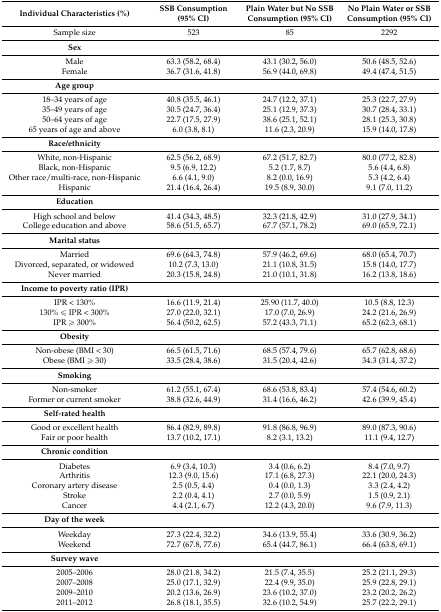
<table><thead><tr><td><b>Individual Characteristics (%)</b></td><td><b>SSB Consumption (95% CI)</b></td><td><b>Plain Water but No SSB Consumption (95% CI)</b></td><td><b>No Plain Water or SSB Consumption (95% CI)</b></td></tr></thead><tbody><tr><td>Sample size</td><td>523</td><td>85</td><td>2292</td></tr><tr><td><b>Sex</b></td><td></td><td></td><td></td></tr><tr><td>Male</td><td>63.3 (58.2, 68.4)</td><td>43.1 (30.2, 56.0)</td><td>50.6 (48.5, 52.6)</td></tr><tr><td>Female</td><td>36.7 (31.6, 41.8)</td><td>56.9 (44.0, 69.8)</td><td>49.4 (47.4, 51.5)</td></tr><tr><td><b>Age group</b></td><td></td><td></td><td></td></tr><tr><td>18–34 years of age</td><td>40.8 (35.5, 46.1)</td><td>24.7 (12.2, 37.1)</td><td>25.3 (22.7, 27.9)</td></tr><tr><td>35–49 years of age</td><td>30.5 (24.7, 36.4)</td><td>25.1 (12.9, 37.3)</td><td>30.7 (28.4, 33.1)</td></tr><tr><td>50–64 years of age</td><td>22.7 (17.5, 27.9)</td><td>38.6 (25.1, 52.1)</td><td>28.1 (25.3, 30.8)</td></tr><tr><td>65 years of age and above</td><td>6.0 (3.8, 8.1)</td><td>11.6 (2.3, 20.9)</td><td>15.9 (14.0, 17.8)</td></tr><tr><td><b>Race/ethnicity</b></td><td></td><td></td><td></td></tr><tr><td>White, non-Hispanic</td><td>62.5 (56.2, 68.9)</td><td>67.2 (51.7, 82.7)</td><td>80.0 (77.2, 82.8)</td></tr><tr><td>Black, non-Hispanic</td><td>9.5 (6.9, 12.2)</td><td>5.2 (1.7, 8.7)</td><td>5.6 (4.4, 6.8)</td></tr><tr><td>Other race/multi-race, non-Hispanic</td><td>6.6 (4.1, 9.0)</td><td>8.2 (0.0, 16.9)</td><td>5.3 (4.2, 6.4)</td></tr><tr><td>Hispanic</td><td>21.4 (16.4, 26.4)</td><td>19.5 (8.9, 30.0)</td><td>9.1 (7.0, 11.2)</td></tr><tr><td><b>Education</b></td><td></td><td></td><td></td></tr><tr><td>High school and below</td><td>41.4 (34.3, 48.5)</td><td>32.3 (21.8, 42.9)</td><td>31.0 (27.9, 34.1)</td></tr><tr><td>College education and above</td><td>58.6 (51.5, 65.7)</td><td>67.7 (57.1, 78.2)</td><td>69.0 (65.9, 72.1)</td></tr><tr><td><b>Marital status</b></td><td></td><td></td><td></td></tr><tr><td>Married</td><td>69.6 (64.3, 74.8)</td><td>57.9 (46.2, 69.6)</td><td>68.0 (65.4, 70.7)</td></tr><tr><td>Divorced, separated, or widowed</td><td>10.2 (7.3, 13.0)</td><td>21.1 (10.8, 31.5)</td><td>15.8 (14.0, 17.7)</td></tr><tr><td>Never married</td><td>20.3 (15.8, 24.8)</td><td>21.0 (10.1, 31.8)</td><td>16.2 (13.8, 18.6)</td></tr><tr><td><b>Income to poverty ratio (IPR)</b></td><td></td><td></td><td></td></tr><tr><td>IPR &lt; 130%</td><td>16.6 (11.9, 21.4)</td><td>25.90 (11.7, 40.0)</td><td>10.5 (8.8, 12.3)</td></tr><tr><td>130% ≤ IPR &lt; 300%</td><td>27.0 (22.0, 32.1)</td><td>17.0 (7.0, 26.9)</td><td>24.2 (21.6, 26.9)</td></tr><tr><td>IPR ≥ 300%</td><td>56.4 (50.2, 62.5)</td><td>57.2 (43.3, 71.1)</td><td>65.2 (62.3, 68.1)</td></tr><tr><td><b>Obesity</b></td><td></td><td></td><td></td></tr><tr><td>Non-obese (BMI &lt; 30)</td><td>66.5 (61.5, 71.6)</td><td>68.5 (57.4, 79.6)</td><td>65.7 (62.8, 68.6)</td></tr><tr><td>Obese (BMI ≥ 30)</td><td>33.5 (28.4, 38.6)</td><td>31.5 (20.4, 42.6)</td><td>34.3 (31.4, 37.2)</td></tr><tr><td><b>Smoking</b></td><td></td><td></td><td></td></tr><tr><td>Non-smoker</td><td>61.2 (55.1, 67.4)</td><td>68.6 (53.8, 83.4)</td><td>57.4 (54.6, 60.2)</td></tr><tr><td>Former or current smoker</td><td>38.8 (32.6, 44.9)</td><td>31.4 (16.6, 46.2)</td><td>42.6 (39.9, 45.4)</td></tr><tr><td><b>Self-rated health</b></td><td></td><td></td><td></td></tr><tr><td>Good or excellent health</td><td>86.4 (82.9, 89.8)</td><td>91.8 (86.8, 96.9)</td><td>89.0 (87.3, 90.6)</td></tr><tr><td>Fair or poor health</td><td>13.7 (10.2, 17.1)</td><td>8.2 (3.1, 13.2)</td><td>11.1 (9.4, 12.7)</td></tr><tr><td><b>Chronic condition</b></td><td></td><td></td><td></td></tr><tr><td>Diabetes</td><td>6.9 (3.4, 10.3)</td><td>3.4 (0.6, 6.2)</td><td>8.4 (7.0, 9.7)</td></tr><tr><td>Arthritis</td><td>12.3 (9.0, 15.6)</td><td>17.1 (6.8, 27.3)</td><td>22.1 (20.0, 24.3)</td></tr><tr><td>Coronary artery disease</td><td>2.5 (0.5, 4.4)</td><td>0.4 (0.0, 1.3)</td><td>3.3 (2.4, 4.2)</td></tr><tr><td>Stroke</td><td>2.2 (0.4, 4.1)</td><td>2.7 (0.0, 5.9)</td><td>1.5 (0.9, 2.1)</td></tr><tr><td>Cancer</td><td>4.4 (2.1, 6.7)</td><td>12.2 (4.3, 20.0)</td><td>9.6 (7.9, 11.3)</td></tr><tr><td><b>Day of the week</b></td><td></td><td></td><td></td></tr><tr><td>Weekday</td><td>27.3 (22.4, 32.2)</td><td>34.6 (13.9, 55.4)</td><td>33.6 (30.9, 36.2)</td></tr><tr><td>Weekend</td><td>72.7 (67.8, 77.6)</td><td>65.4 (44.7, 86.1)</td><td>66.4 (63.8, 69.1)</td></tr><tr><td><b>Survey wave</b></td><td></td><td></td><td></td></tr><tr><td>2005–2006</td><td>28.0 (21.8, 34.2)</td><td>21.5 (7.4, 35.5)</td><td>25.2 (21.1, 29.3)</td></tr><tr><td>2007–2008</td><td>25.0 (17.1, 32.9)</td><td>22.4 (9.9, 35.0)</td><td>25.9 (22.8, 29.1)</td></tr><tr><td>2009–2010</td><td>20.2 (13.6, 26.9)</td><td>23.6 (10.2, 37.0)</td><td>23.2 (20.2, 26.2)</td></tr><tr><td>2011–2012</td><td>26.8 (18.1, 35.5)</td><td>32.6 (10.2, 54.9)</td><td>25.7 (22.2, 29.1)</td></tr></tbody></table>